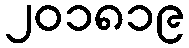
၂၀၁၈၁၉